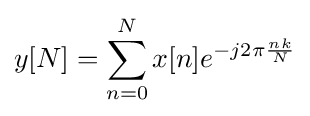
y[N]=\sum _{n=0}^{N}x[n]e^{-j2\pi {\frac {nk}{N}}}